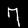
Label: 7